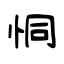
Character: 恫